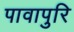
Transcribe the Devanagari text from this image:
पावापुरि